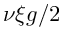
\nu \xi g / 2